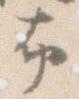
ふ